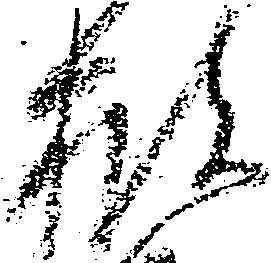
披